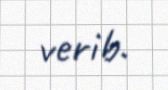
verib.